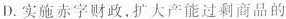
D.实施赤字财政，扩大产能过剩商品的